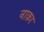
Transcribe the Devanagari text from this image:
नाक़ा